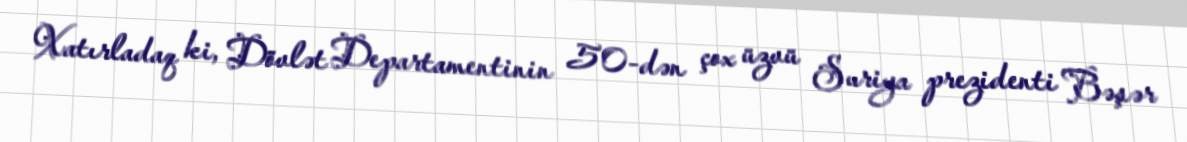
Xatırladaq ki, Dövlət Departamentinin 50-dən çox üzvü Suriya prezidenti Bəşər